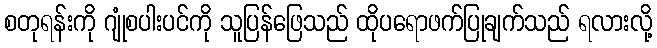
စတုရန်းကို ဂျုံစပါးပင်ကို သူပြန်ဖြေသည် ထိုပရောဖက်ပြုချက်သည် ရလားလို့